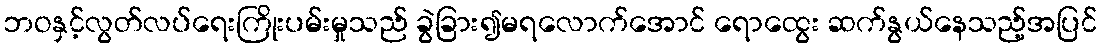
ဘဝနှင့်လွတ်လပ်ရေးကြိုးပမ်းမှုသည် ခွဲခြား၍မရလောက်အောင် ရောထွေး ဆက်နွယ်နေသည့်အပြင်